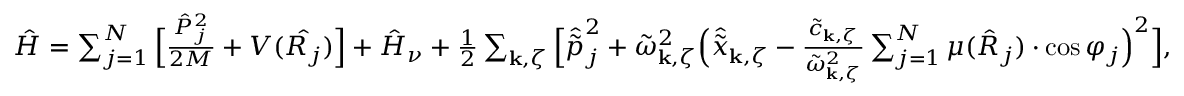
\begin{array} { r } { \hat { H } = \sum _ { j = 1 } ^ { N } \Big [ \frac { \hat { P } _ { j } ^ { 2 } } { 2 M } + V ( \hat { R _ { j } } ) \Big ] + \hat { H } _ { \nu } + \frac { 1 } { 2 } \sum _ { \mathbf { k } , \zeta } \Big [ \hat { \tilde { p } } _ { j } ^ { 2 } + \tilde { \omega } _ { \mathbf { k } , \zeta } ^ { 2 } \Big ( \hat { \tilde { x } } _ { \mathbf { k } , \zeta } - \frac { \tilde { c } _ { \mathbf { k } , \zeta } } { \tilde { \omega } _ { \mathbf { k } , \zeta } ^ { 2 } } \sum _ { j = 1 } ^ { N } \mu ( \hat { R } _ { j } ) \cdot \cos \varphi _ { j } \Big ) ^ { 2 } \Big ] , } \end{array}